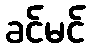
ခင်မင်